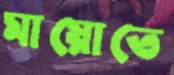
মায়োতে